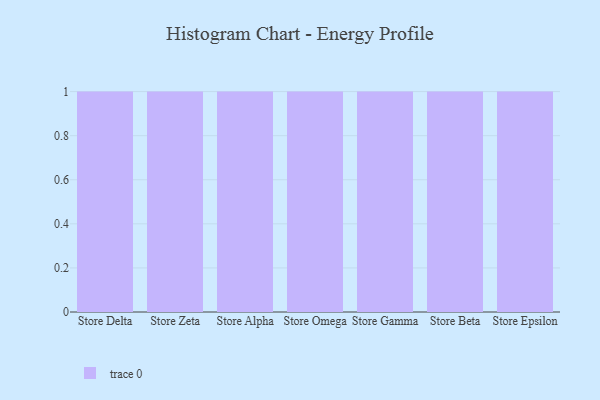
{"axis": {"x": "Store", "y": "Conversion Rate (%)"}, "legend": [""], "data": [{"x": "Store Delta", "y": 39, "type": ""}, {"x": "Store Zeta", "y": 62, "type": ""}, {"x": "Store Alpha", "y": 67, "type": ""}, {"x": "Store Omega", "y": 89, "type": ""}, {"x": "Store Gamma", "y": 40, "type": ""}, {"x": "Store Beta", "y": 29, "type": ""}, {"x": "Store Epsilon", "y": 42, "type": ""}]}